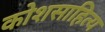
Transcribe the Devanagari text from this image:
कोशसाहित्य